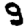
Digit: 9